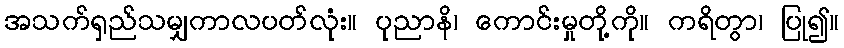
အသက်ရှည်သမျှကာလပတ်လုံး။ ပုညာနိ၊ ကောင်းမှုတို့ကို။ ကရိတွာ၊ ပြု၍။